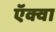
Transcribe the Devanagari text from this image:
ऍक्वा